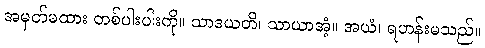
အမှတ်မထား တစ်ပါးပါးကို။ သာဒယတိ၊ သာယာအံ့။ အယံ၊ ရဟန်းမသည်။